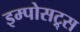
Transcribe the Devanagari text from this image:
इम्पोसट्र्स